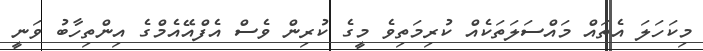
މިކަހަލަ އެތައް މައްސަލަތަކެއް ކުރިމަތިވެ މީގެ ކުރިން ވެސް އެފްއޭއެމްގެ އިންތިހާބު ވަނީ